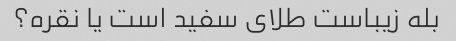
بله زیباست طلای سفید است یا نقره؟